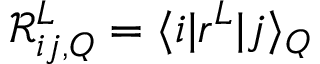
\mathcal { R } _ { i j , Q } ^ { L } = \langle i | r ^ { L } | j \rangle _ { Q }